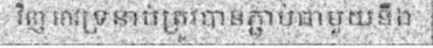
វិញ អាវទ្រនាប់ត្រូវបានភ្ជាប់ជាមួយនឹង